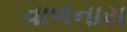
વાળનારા